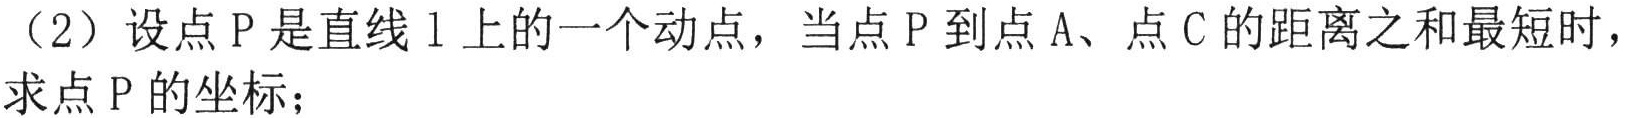
（2）设点\(P\)是直线\(l\)上的一个动点，当点\(P\)到点\(A\)、点\(C\)的距离之和最短时，求点\(P\)的坐标；